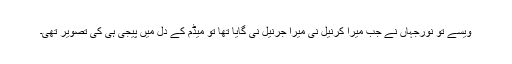
ویسے تو نورجہاں نے جب میرا کرنیل نی میرا جرنیل نی گایا تھا تو میڈم کے دل میں پیجی ہی کی تصویر تھی۔